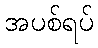
အပစ်ရပ်